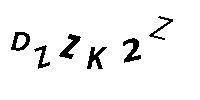
DZZK2Z